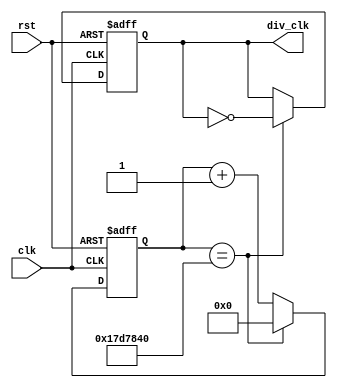
`define TimeExpire 32'd25000000

module clk_div(clk,rst,div_clk);
input clk,rst;
output div_clk;

reg div_clk;
reg [31:0]count;

always @(posedge clk or negedge rst)
    begin 
        if(!rst)
        begin 
            count <= 32'd0;
            div_clk <= 1'b0;
        end
        else
        begin 
            if(count == `TimeExpire)
            begin 
                count <= 32'd0;
                div_clk <= ~div_clk;
            end
            else
            begin
                count <= count + 32'd1;
            end
        end
    end

endmodule

module moore (clk_div,rst,in,tmp);
    input clk_div,rst,in;
    output reg[3:0]tmp;
    reg [2:0]state;
    reg [2:0]next_state;
    parameter S0 = 3'b000, S1 = 3'b001,S2 = 3'b010, S3 = 3'b011, S4 = 3'b100, S5 = 3'b101;
    always @(posedge clk_div or negedge rst or in) 
        begin
            if(!rst)
            begin
                state <= 0;
                tmp <= 1'b0;
            end
            else
            begin 
                if(in == 1'b1)
                begin
                    case(state)
                        S0:begin
                            next_state = S3;
                        end
                        S1:begin
                            next_state = S5;
                        end
                        S2:begin
                            next_state = S0;
                        end
                        S3:begin
                            next_state = S1;
                        end
                        S4:begin
                            next_state = S2;
                        end
                        S5:begin
                            next_state = S4;
                        end
                    endcase
                end
                else
                begin
                    case(state)
                        S0:begin
                            next_state = S1;
                        end
                        S1:begin
                            next_state = S2;
                        end
                        S2:begin
                            next_state = S3;
                        end
                        S3:begin
                            next_state = S4;
                        end
                        S4:begin
                            next_state = S5;
                        end
                        S5:begin
                            next_state = S0;
                        end
                    endcase
                end
                state <= next_state;
                tmp <= state; 
            end
        end
endmodule

module seven__display (count,out);
input [3:0]count;
output reg [6:0]out;
always @(count) 
begin
    case(count)
        4'd0:
        out=7'b1000000;
        4'd1:
        out=7'b1111001;
        4'd2:
        out=7'b0100100;
        4'd3:
        out=7'b0110000;
        4'd4:
        out=7'b0011001;
        4'd5:
        out=7'b0010010;
        4'd6:
        out=7'b0000010;
        4'd7:
        out=7'b1111000;
        4'd8:
        out=7'b0000000;
        4'd9:
        out=7'b0010000;
        4'd10:
        out=7'b0001000;
        4'd11:
        out=7'b0000011;
        4'd12:
        out=7'b1000110;
        4'd13:
        out=7'b0100001;
        4'd14:
        out=7'b0000110;
        4'd15:
        out=7'b0111000;
    endcase
end
endmodule

module test (rst,clk,out);
input rst ,clk;
output [6:0]out;
wire clk_div;
wire [3:0]count;
clk_div u_clk_div(.clk(clk),.rst(rst),.div_clk(clk_div));
moore u_moore(.clk_div(clk_div),.rst(rst),.tmp(count));
seven__display u_dis(.count(count),.out(out));
    
endmodule